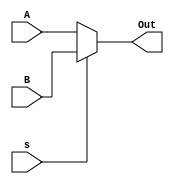
module mux2_4(output wire [3:0] Out, input wire [3:0] A, input wire [3:0] B, input wire s);

assign Out = (s == 1'b0 ? A : (s == 1'b1 ? B : 'bx));

endmodule